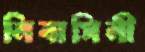
নিবাসিনী